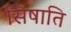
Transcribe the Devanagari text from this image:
सिषाति